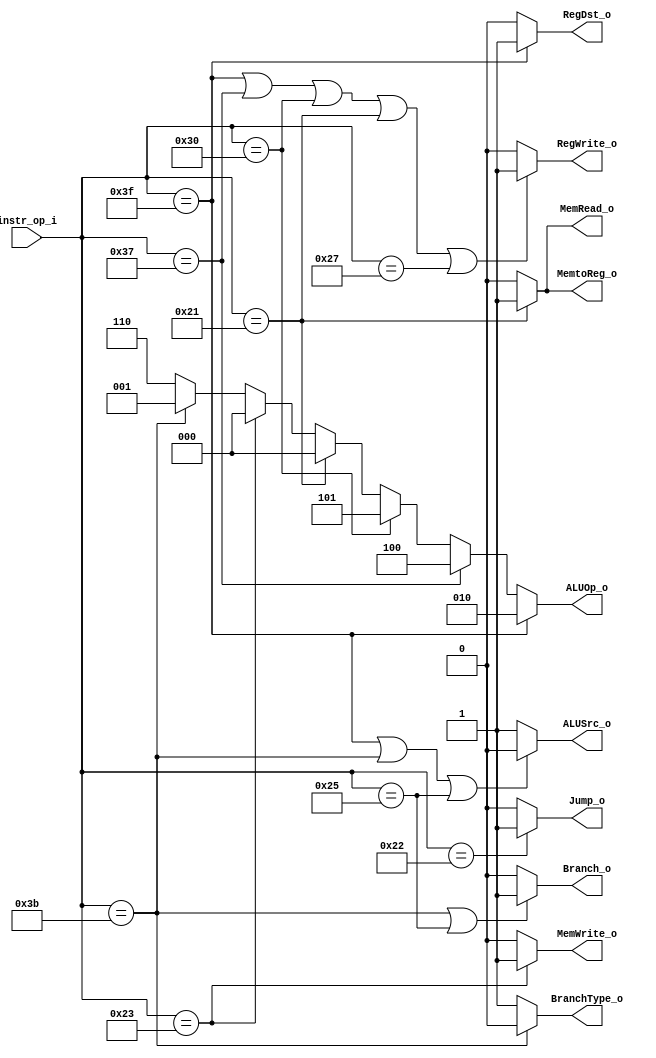
module Decoder( instr_op_i, RegWrite_o,	ALUOp_o, ALUSrc_o, RegDst_o ,Branch_o,BranchType_o,Jump_o,MemRead_o,MemWrite_o,MemtoReg_o);
     
//I/O ports
input	[6-1:0] instr_op_i;

output			RegWrite_o;
output	[3-1:0] ALUOp_o;
output			ALUSrc_o;
output			RegDst_o;
 
//Internal Signals
wire	[3-1:0] ALUOp_o;
wire			ALUSrc_o;
wire			RegWrite_o;
wire			RegDst_o;

//lab4
output Branch_o,BranchType_o,Jump_o,MemRead_o,MemWrite_o,MemtoReg_o;
wire Branch_o,BranchType_o,Jump_o,MemRead_o,MemWrite_o,MemtoReg_o;

//Main function
/*your code here*/
	assign RegWrite_o=(instr_op_i==6'b111111||instr_op_i==6'b110111||instr_op_i==6'b110000||instr_op_i==6'b100001||instr_op_i==6'b100111)?1:0;
	assign ALUOp_o=(instr_op_i==6'b111111)?3'b010:
			(instr_op_i==6'b110111)?3'b100:
			(instr_op_i==6'b110000)?3'b101:
			(instr_op_i==6'b100001)?3'b000:
			(instr_op_i==6'b100011)?3'b000:
			(instr_op_i==6'b111011)?3'b001:
			(instr_op_i==6'b100101)?3'b110:3'b110;
	assign ALUSrc_o=(instr_op_i==6'b111111||instr_op_i==6'b111011||instr_op_i==6'b100101)?0:1;
	assign RegDst_o=(instr_op_i==6'b111111)?1:0;
	
	assign Branch_o=(instr_op_i==6'b111011||instr_op_i==6'b100101)?1:0;
	assign BranchType_o=(instr_op_i==6'b111011)?0:1;
	assign Jump_o=(instr_op_i==6'b100010)?1:0;
	assign MemRead_o=(instr_op_i==6'b100001)?1:0;
	assign MemWrite_o=(instr_op_i==6'b100011)?1:0;
	assign MemtoReg_o=(instr_op_i==6'b100001)?1:0;

endmodule